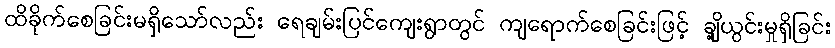
ထိခိုက်စေခြင်းမရှိသော်လည်း ရေချမ်းပြင်ကျေးရွာတွင် ကျရောက်စေခြင်းဖြင့် ချို့ယွင်းမှုရှိခြင်း